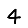
Digit: 4